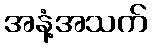
အနံ့အသက်